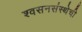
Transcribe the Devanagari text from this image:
श्वसनसंस्थेची